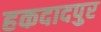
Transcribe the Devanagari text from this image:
हकदादपुर